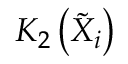
K _ { 2 } \left( \tilde { X } _ { i } \right)